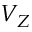
V _ { Z }